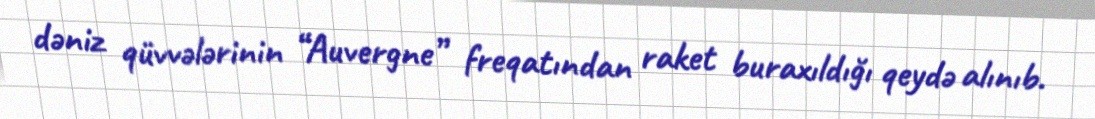
dəniz qüvvələrinin “Auvergne” freqatından raket buraxıldığı qeydə alınıb.